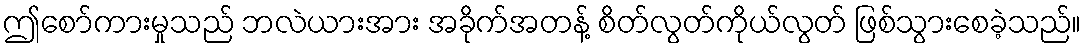
ဤစော်ကားမှုသည် ဘလဲယားအား အခိုက်အတန့် စိတ်လွတ်ကိုယ်လွတ် ဖြစ်သွားစေခဲ့သည်။